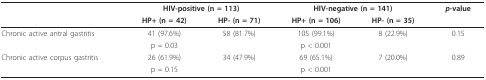
|  | <COLSPAN=2> HIV-positive (n = 113) | <COLSPAN=2> HIV-negative (n = 141) | p-value |
 |  | HP+ (n = 42) | HP- (n = 71) | HP+ (n = 106) | HP- (n = 35) |  |
 | --- | --- | --- | --- | --- | --- |
 | Chronic active antral gastritis | 41 (97.6%) | 58 (81.7%) | 105 (99.1%) | 8 (22.9%) | 0.15 |
 |  | p = 0.03 |  | p < 0.001 |  |  |
 | Chronic active corpus gastritis | 26 (61.9%) | 34 (47.9%) | 69 (65.1%) | 7 (20.0%) | 0.89 |
 |  | p = 0.15 |  | p < 0.001 |  |  |